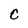
Character: c